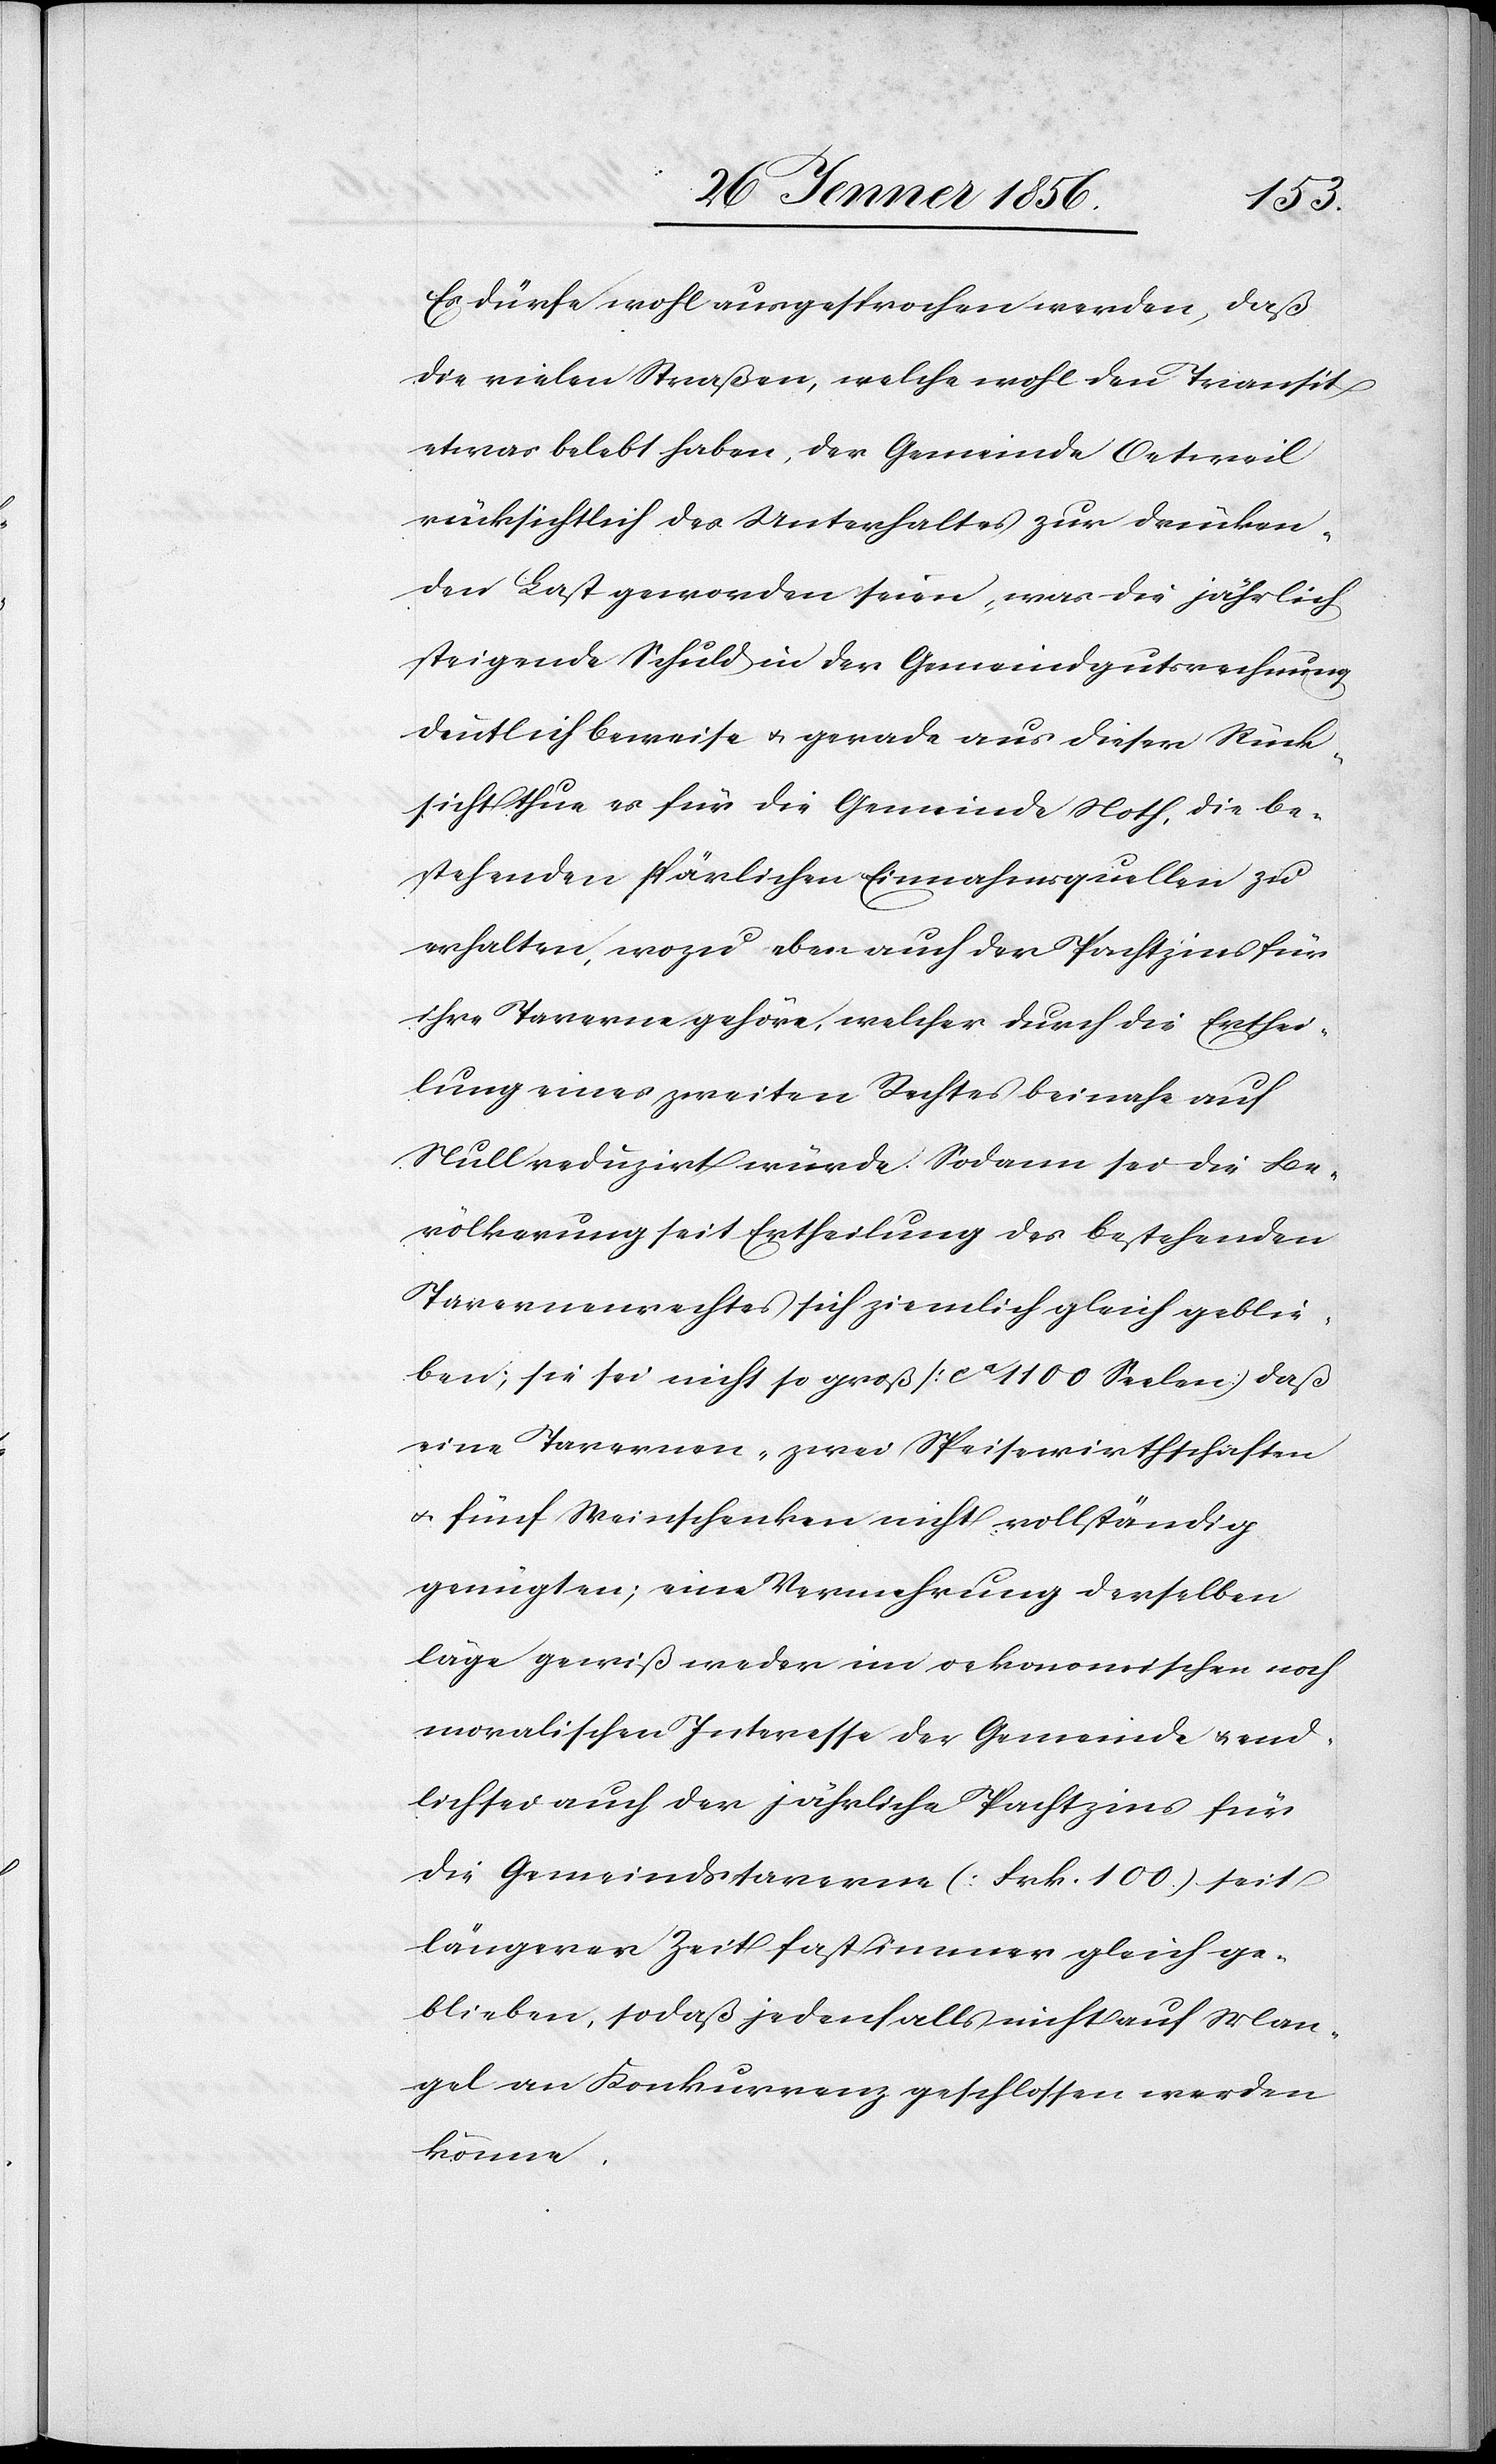
Es dürfe wohl ausgesprochen werden, daß
die vielen Straßen, welche wohl den Transit
etwas belebt haben, der Gemeinde Oetweil
rücksichtlich des Unterhaltes zur drücken¬
den Last geworden seien, was die jährlich
steigende Schuld in der Gemeindgutsrechnung
deutlich beweise u. gerade aus dieser Rück¬
sicht thue es für die Gemeinde Noth, die be¬
stehenden spärlichen Einnahmsquellen zu
erhalten, wozu eben auch der Pachtzins für
ihre Taverne gehöre, welcher durch die Erthei¬
lung eines zweiten Rechtes beinahe auf
Null reduzirt würde. Sodann sei die Be¬
völkerung seit Ertheilung des bestehenden
Tavernenrechtes sich ziemlich gleich geblie¬
ben; sie sei nicht so groß [ca 1100 Seelen] daß
eine Tavernen- [,] zwei Speisewirthschaften
u. fünf Weinschenken nicht vollständig
genügten; eine Vermehrung derselben
läge gewiß weder im oekonomischen noch
moralischen Interesse der Gemeinde u. end¬
lich sei auch der jährliche Pachtzins für
die Gemeindstaverne [Frk. 100] seit
längerer Zeit fast immer gleich ge¬
blieben, sodaß jedenfalls nicht auf Man¬
gel an Konkurrenz geschlossen werden
könne.